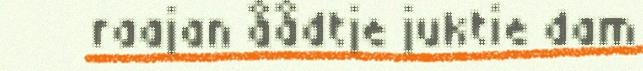
raajan åådtje juktie dam